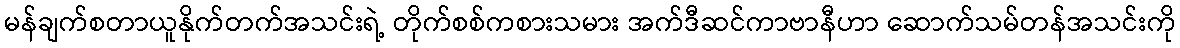
မန်ချက်စတာယူနိုက်တက်အသင်းရဲ့ တိုက်စစ်ကစားသမား အက်ဒီဆင်ကာဗာနီဟာ ဆောက်သမ်တန်အသင်းကို